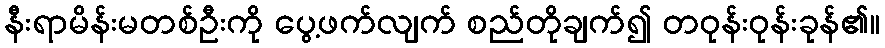
နီးရာမိန်းမတစ်ဦးကို ပွေ့ဖက်လျက် စည်တိုချက်၍ တဝုန်းဝုန်းခုန်၏။